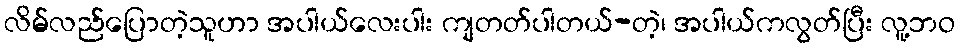
လိမ်လည်ပြောတဲ့သူဟာ အပါယ်လေးပါး ကျတတ်ပါတယ်-တဲ့၊ အပါယ်ကလွတ်ပြီး လူ့ဘဝ